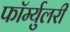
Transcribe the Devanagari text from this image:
फॉर्म्युलरी